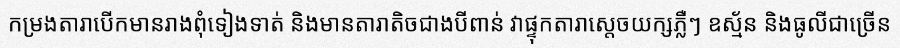
កម្រងតារាបើកមានរាងពុំទៀងទាត់ និងមានតារាតិចជាងបីពាន់ វាផ្ទុកតារាស្តេចយក្សភ្លឺៗ ឧស្ម័ន និងធូលីជាច្រើន